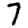
Digit: 7